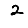
Digit: 2